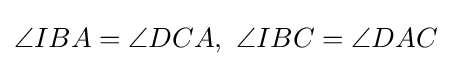
\angle IBA=\angle DCA,\ \angle IBC=\angle DAC